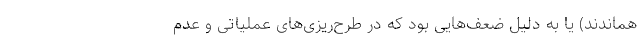
هماندند) یا به دلیل ضعف‌هایی بود که در طرح‌ریزی‌های عملیاتی و عدم